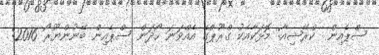
ސްޕެއިން  ކްރޭޝިއާ: މޮޅަކާއެކު ގްރޫޕްގެ އެއްވަނަ ހޯދަން ސްޕެއިން ބޭނުންޔޫރޯ 2016: